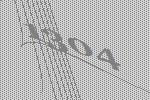
1304